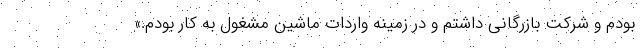
بودم و شرکت بازرگانی داشتم و در زمینه واردات ماشین مشغول به کار بودم.»